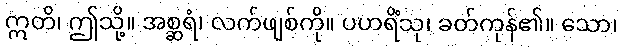
ဣတိ၊ ဤသို့။ အစ္ဆရံ၊ လက်ဖျစ်ကို။ ပဟရိံသု၊ ခတ်ကုန်၏။ သော၊